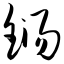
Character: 铴